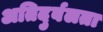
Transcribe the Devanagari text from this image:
अतिदुर्बलता